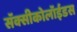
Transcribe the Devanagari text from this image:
सॅक्सीकोलॉईडस